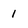
Character: i